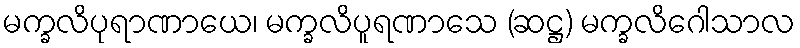
မက္ခလိပုရာဏာယေ၊ မက္ခလိပူရဏာသေ (ဆဋ္ဌ) မက္ခလိဂေါသာလ